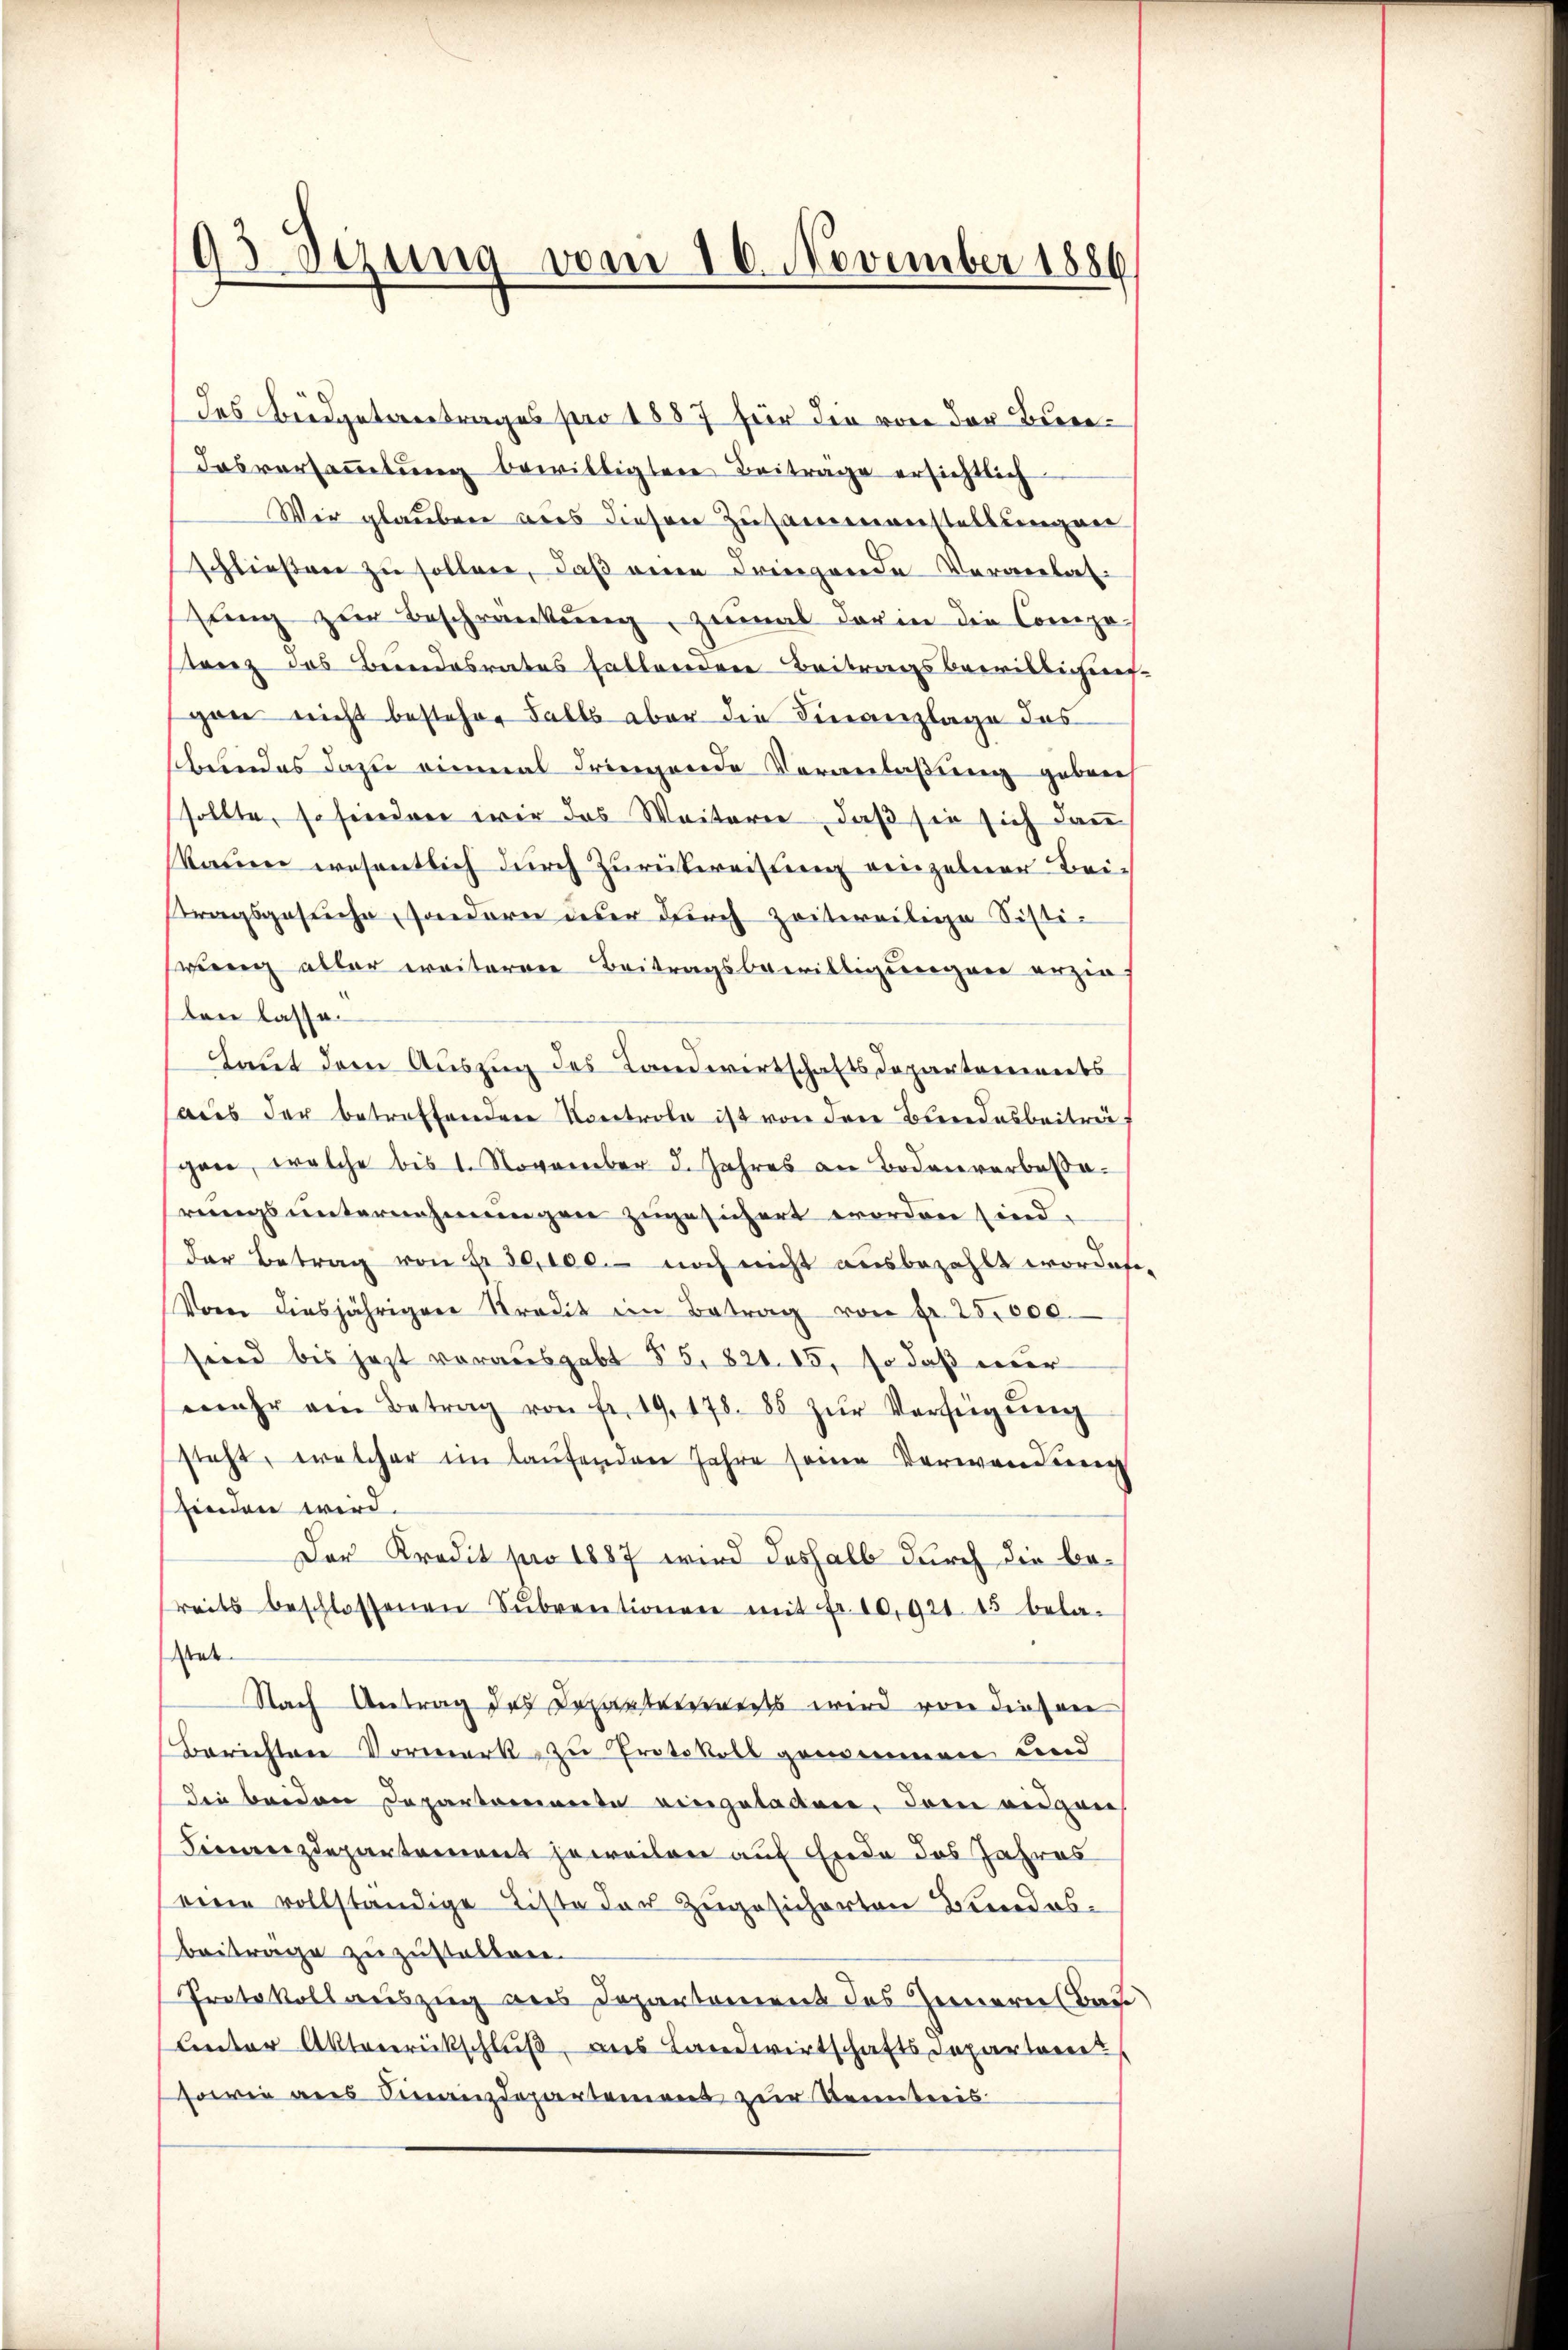
93 Sizung vom 16. November 1886.

des Büdgetantrages pro 1887 für die von der Bure¬
Tosversaṁlŭng bewilligten Beitrage ersichtlich
Wir glauben aus diesen Zusammenstellungen
schließere zu sollen, daß einen dringende Veranlassung zur Beschränkung, zumal darin die Compe-
tanz des Bundesrates hattendere Beitragsbewilligung-
gan nicht besteher Falls aber die Finanzlage das
sbundes dazu einmal dringende Veranlaßung gebrei
sollte, so finden wir das Weiteren, daß sie sich dann
kauer wesentlich durch Zurückereitung einzelner Beistragsgesuche, sondern über durch zeitweilige Sisti-
wierig aller weiterrer Beitragsbewilligungen erzie
ten lasse.
Laut dem Auszug des Landwirtschaftsdepartements
aus der betreffenden Kontrola ist von den Bundesbeiträf
gan, welche bis 1. November d. Jahres an Bodenverbesa
rungsunternehmungen zugesichert worden sind.
der Betrag von Fr. 10,100.- noch nicht ausbezahlt worden,
Vor diesjähriger Stradit im Betrag von Fr. 25,000.
seid bis jezt vorausgabt § 5, 821. 15, so daß der
mehr am Betrag von Fr. 19. 178. 88 zŭr Verfügŭng
steht, welcher im laŭfenden Jahre seine Verwendung
finden wird.
Der Kredit pro 1887 wird deshalb durch die bereits beschlossenen Sŭbventionen mit Fr. 10,921. 15 bela-
at
Nach Antrag des Departenweiss wird von diesen
Berichten Vormerk zu Protokoll genommen und
die beiden Departariante eingeladen, dem eidgen
Finanzdepartement jeweilen auf Erde das Jahres
eine vollständige Liste der zugesicherten Bundesbeitrage zuzustalten.
Protokollauszug aus Departement des Innern Bade)
Unter Aktenrückschlŭβ ans Landwirtschaftsdeparteme
sowie aus Finanzdepartement zur Steintreis